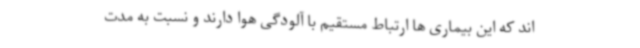
اند که این بیماری ها ارتباط مستقیم با آلودگی هوا دارند و نسبت به مدت